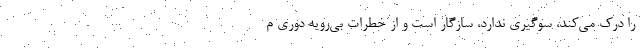
را درک می‌کند، سوگیری ندارد، سازگار است و از خطرات بی‌رویه دوری م